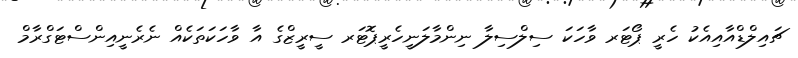
ޗައިލްޑްއާއިއެކު ހެރީ ޕޯޓަރ ވާހަކަ ސިލްސިލާ ނިންމާލަނީހެރީޕޮޓަރ ސީރީޒްގެ އާ ވާހަކަތަކެއް ނެރެނީއިންސްޓަގްރާމް